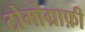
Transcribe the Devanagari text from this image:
टोमोग्राफ़ी